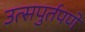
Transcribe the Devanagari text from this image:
उत्सपुर्तपणे